Treatise on elephants
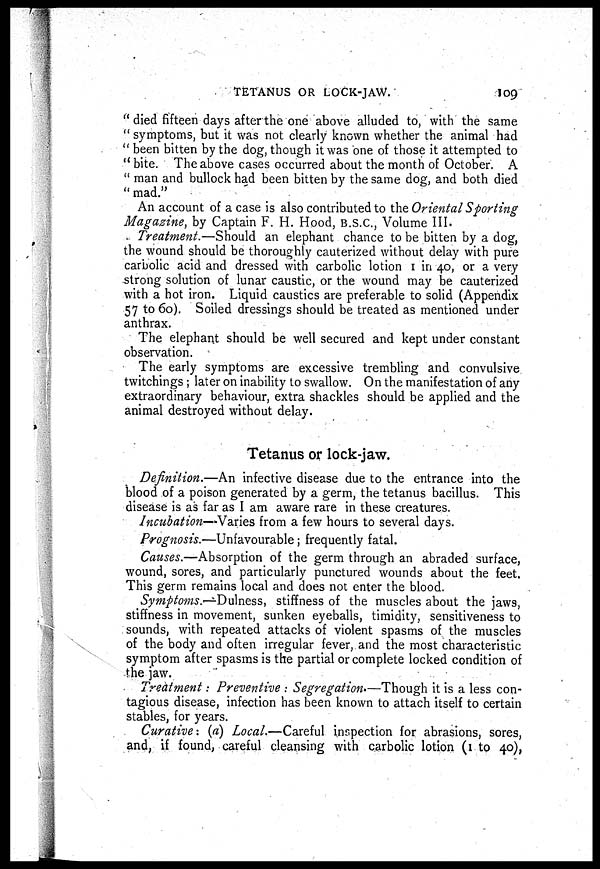
TETANUS OR LOCK-JAW.
109
" died fifteen days after the one above alluded to, with the same
" symptoms, but it was not clearly known whether the animal had
" been bitten by the dog, though it was one of those it attempted to
" bite. The above cases occurred about the month of October. A
" man and bullock had been bitten by the same dog, and both died
" mad."
An account of a case is also contributed to the Oriental Sporting
Magazine, by Captain F. H. Hood, B.S.C., Volume III.
Treatment.—Should an elephant chance to be bitten by a dog,
the wound should be thoroughly cauterized without delay with pure
carbolic acid and dressed with carbolic lotion 1 in 40, or a very
strong solution of lunar caustic, or the wound may be cauterized
with a hot iron. Liquid caustics are preferable to solid (Appendix
57 to 60). Soiled dressings should be treated as mentioned under
anthrax.
The elephant should be well secured and kept under constant
observation.
The early symptoms are excessive trembling and convulsive
twitchings ; later on inability to swallow. On the manifestation of any
extraordinary behaviour, extra shackles should be applied and the
animal destroyed without delay.
Tetanus or lock-jaw.
Definition.—An infective disease due to the entrance into the
blood of a poison generated by a germ, the tetanus bacillus. This
disease is as far as I am aware rare in these creatures.
Incubation—Varies from a few hours to several days.
Prognosis.—Unfavourable; frequently fatal.
Causes.—Absorption of the germ through an abraded surface,
wound, sores, and particularly punctured wounds about the feet.
This germ remains local and does not enter the blood.
Symptoms.-Dulness,
stiffness of the muscles about the jaws,
stiffness in movement, sunken eyeballs, timidity, sensitiveness to
sounds, with repeated attacks of violent spasms of the muscles
of the body and often irregular fever, and the most characteristic
symptom after spasms is the partial or complete locked condition of
the jaw.
Treatment : Preventive : Segregation.—Though it is a less con-
tagious disease, infection has been known to attach itself to certain
stables, for years.
Curative: (a) Local.—Careful inspection for abrasions, sores,
and, if found, careful cleansing with carbolic lotion (1 to 40),